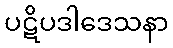
ပဋိပဒါဒေသနာ